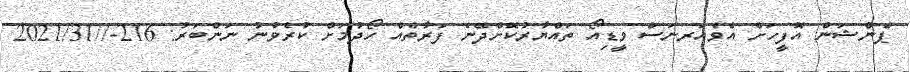
ޕެންޝަން އޮފީހަށް އެވެއަރނަސް ވީޑިއޯ ތައްޔާރުކޮށްދޭނެ ފަރާތެއް ހޯދުމަށް ކުރެވުނު ނަންބަރު: 216-//2021/31